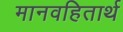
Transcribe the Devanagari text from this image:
मानवहितार्थ